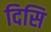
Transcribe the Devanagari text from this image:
दिसि